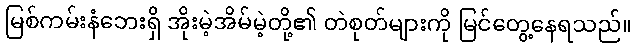
မြစ်ကမ်းနံဘေးရှိ အိုးမဲ့အိမ်မဲ့တို့၏ တဲစုတ်များကို မြင်တွေ့နေရသည်။